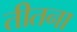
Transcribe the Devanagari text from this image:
तीतना